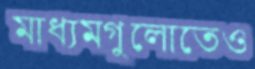
মাধ্যমগুলোতেও